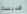
قديسة